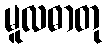
မူလဓာတု